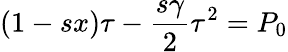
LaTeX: (1-sx)\tau-\frac{s\gamma}{2}\tau^{2}=P_{0}